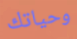
وحياتك